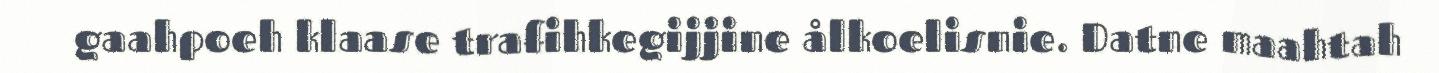
gaahpoeh klaase trafihkegijjine ålkoelisnie. Datne maahtah